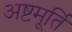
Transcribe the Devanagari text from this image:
अष्टमूर्ति